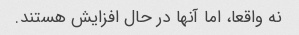
نه واقعا، اما آنها در حال افزایش هستند.